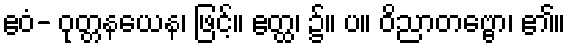
ဧဝံ- ဝုတ္တနယေန၊ ဖြင့်။ ဧတ္ထ၊ ၌။ ပ။ ဝိညာတဗ္ဗော၊ ၏။